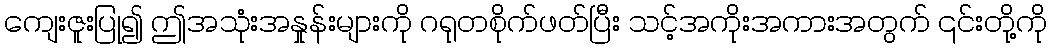
ကျေးဇူးပြု၍ ဤအသုံးအနှုန်းများကို ဂရုတစိုက်ဖတ်ပြီး သင့်အကိုးအကားအတွက် ၎င်းတို့ကို